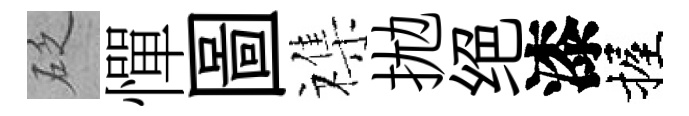
砭憚圖襍拋绝漆握